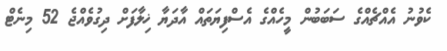
ކެވުނު އެއްޗެއްގެ ސަބަބުން މީހެއްގެ އެސްފިޔަތައް އާދަޔާ ޚިލާފަށް ދިގުވެއްޖެ 52 މިނެޓް